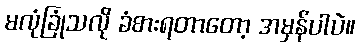
မလုံခြုံသလို ခံစားရတာတော့ အမှန်ပါပဲ။